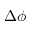
\Delta \phi